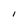
Character: l